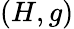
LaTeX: (H,g)